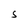
Character: S